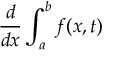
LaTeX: { \frac { d } { d x } } \int _ { a } ^ { b } f ( x , t )